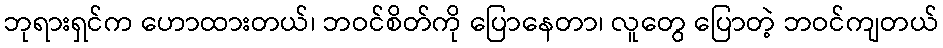
ဘုရားရှင်က ဟောထားတယ်၊ ဘဝင်စိတ်ကို ပြောနေတာ၊ လူတွေ ပြောတဲ့ ဘဝင်ကျတယ်